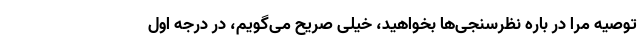
توصیه مرا در باره نظرسنجی‌ها بخواهید، خیلی صریح می‌گویم، در درجه اول